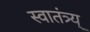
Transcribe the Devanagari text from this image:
स्वातंत्र्य्